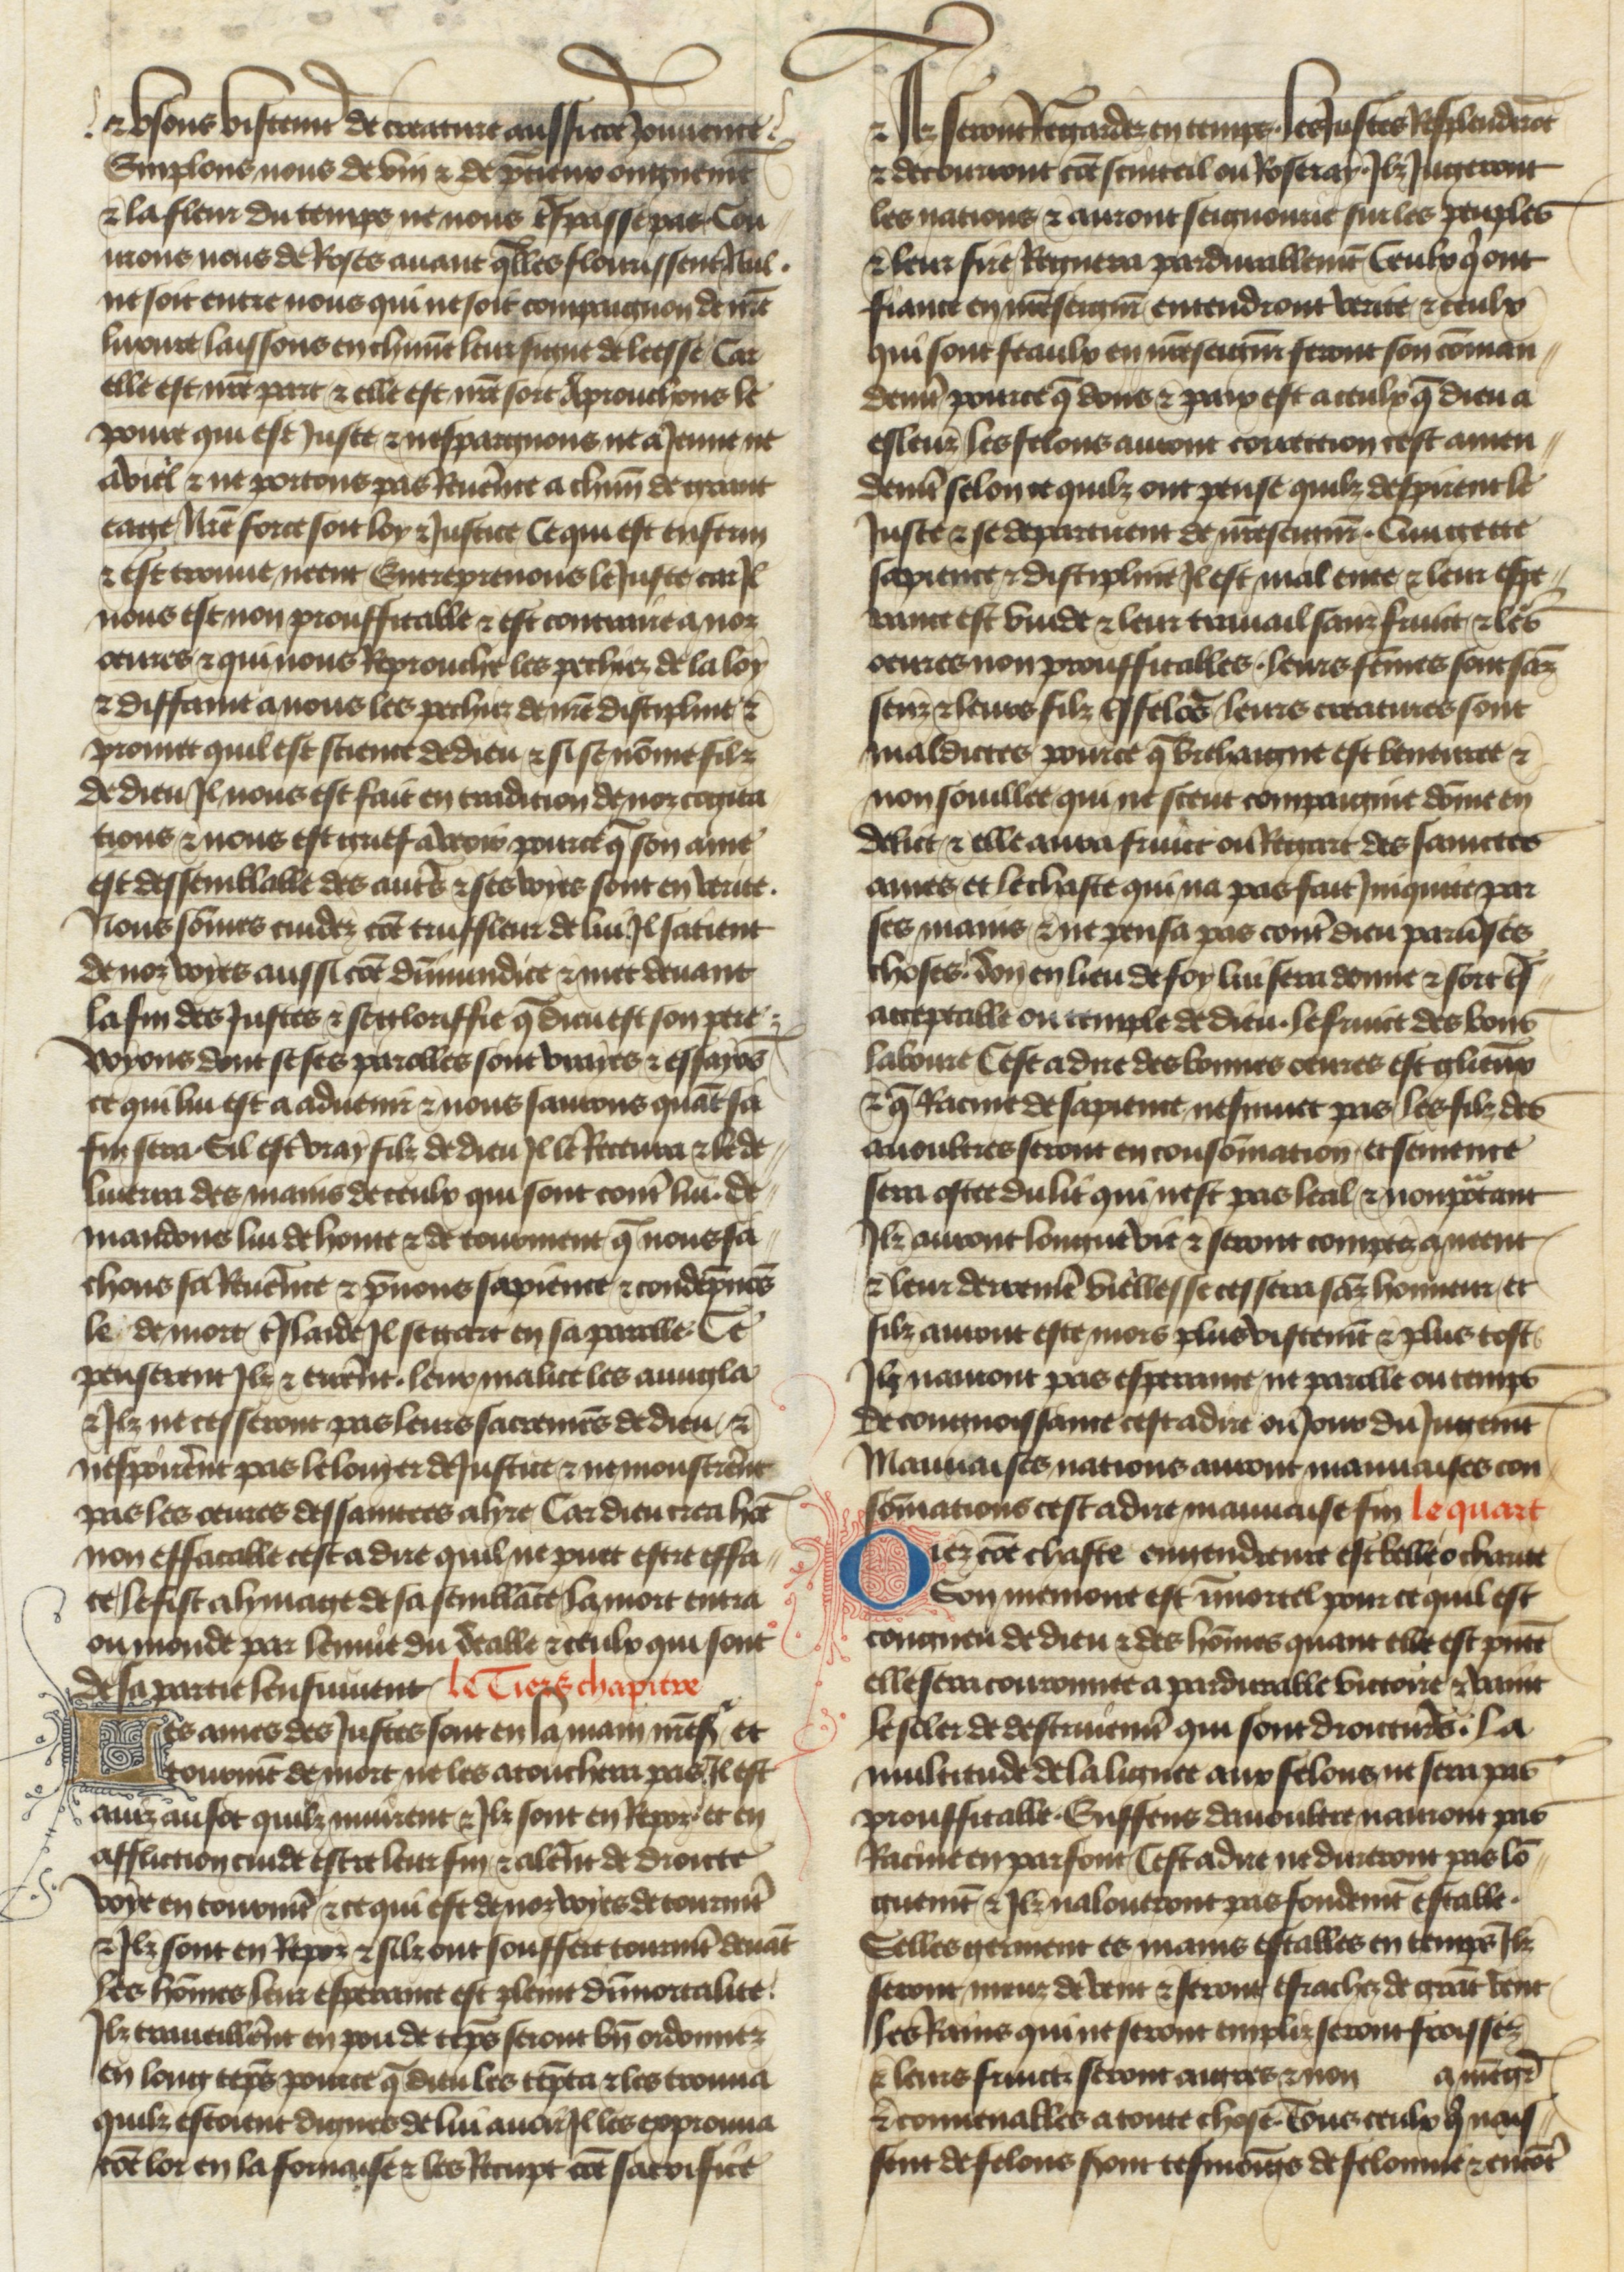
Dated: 1400–1450